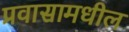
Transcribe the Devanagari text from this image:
प्रवासामधील